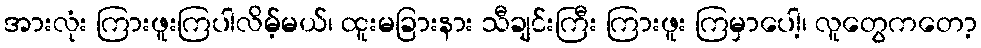
အားလုံး ကြားဖူးကြပါလိမ့်မယ်၊ ထူးမခြားနား သီချင်းကြီး ကြားဖူး ကြမှာပေါ့၊ လူတွေကတော့